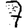
Digit: 7